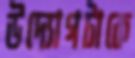
উদ্যোগটাকে